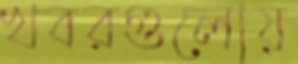
খবরগুলোয়